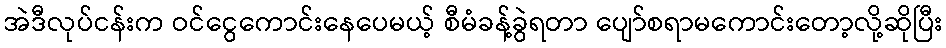
အဲဒီလုပ်ငန်းက ဝင်ငွေကောင်းနေပေမယ့် စီမံခန့်ခွဲရတာ ပျော်စရာမကောင်းတော့လို့ဆိုပြီး